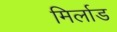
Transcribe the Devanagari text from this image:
मिर्लाड